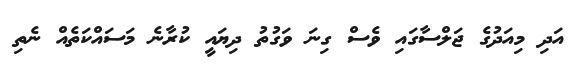
އަދި މިއަދުގެ ޖަލްސާގައި ވެސް ގިނަ ވަގުތު ދިޔައީ ކުރާނެ މަސައްކަތެއް ނެތި